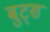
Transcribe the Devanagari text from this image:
बुट्स